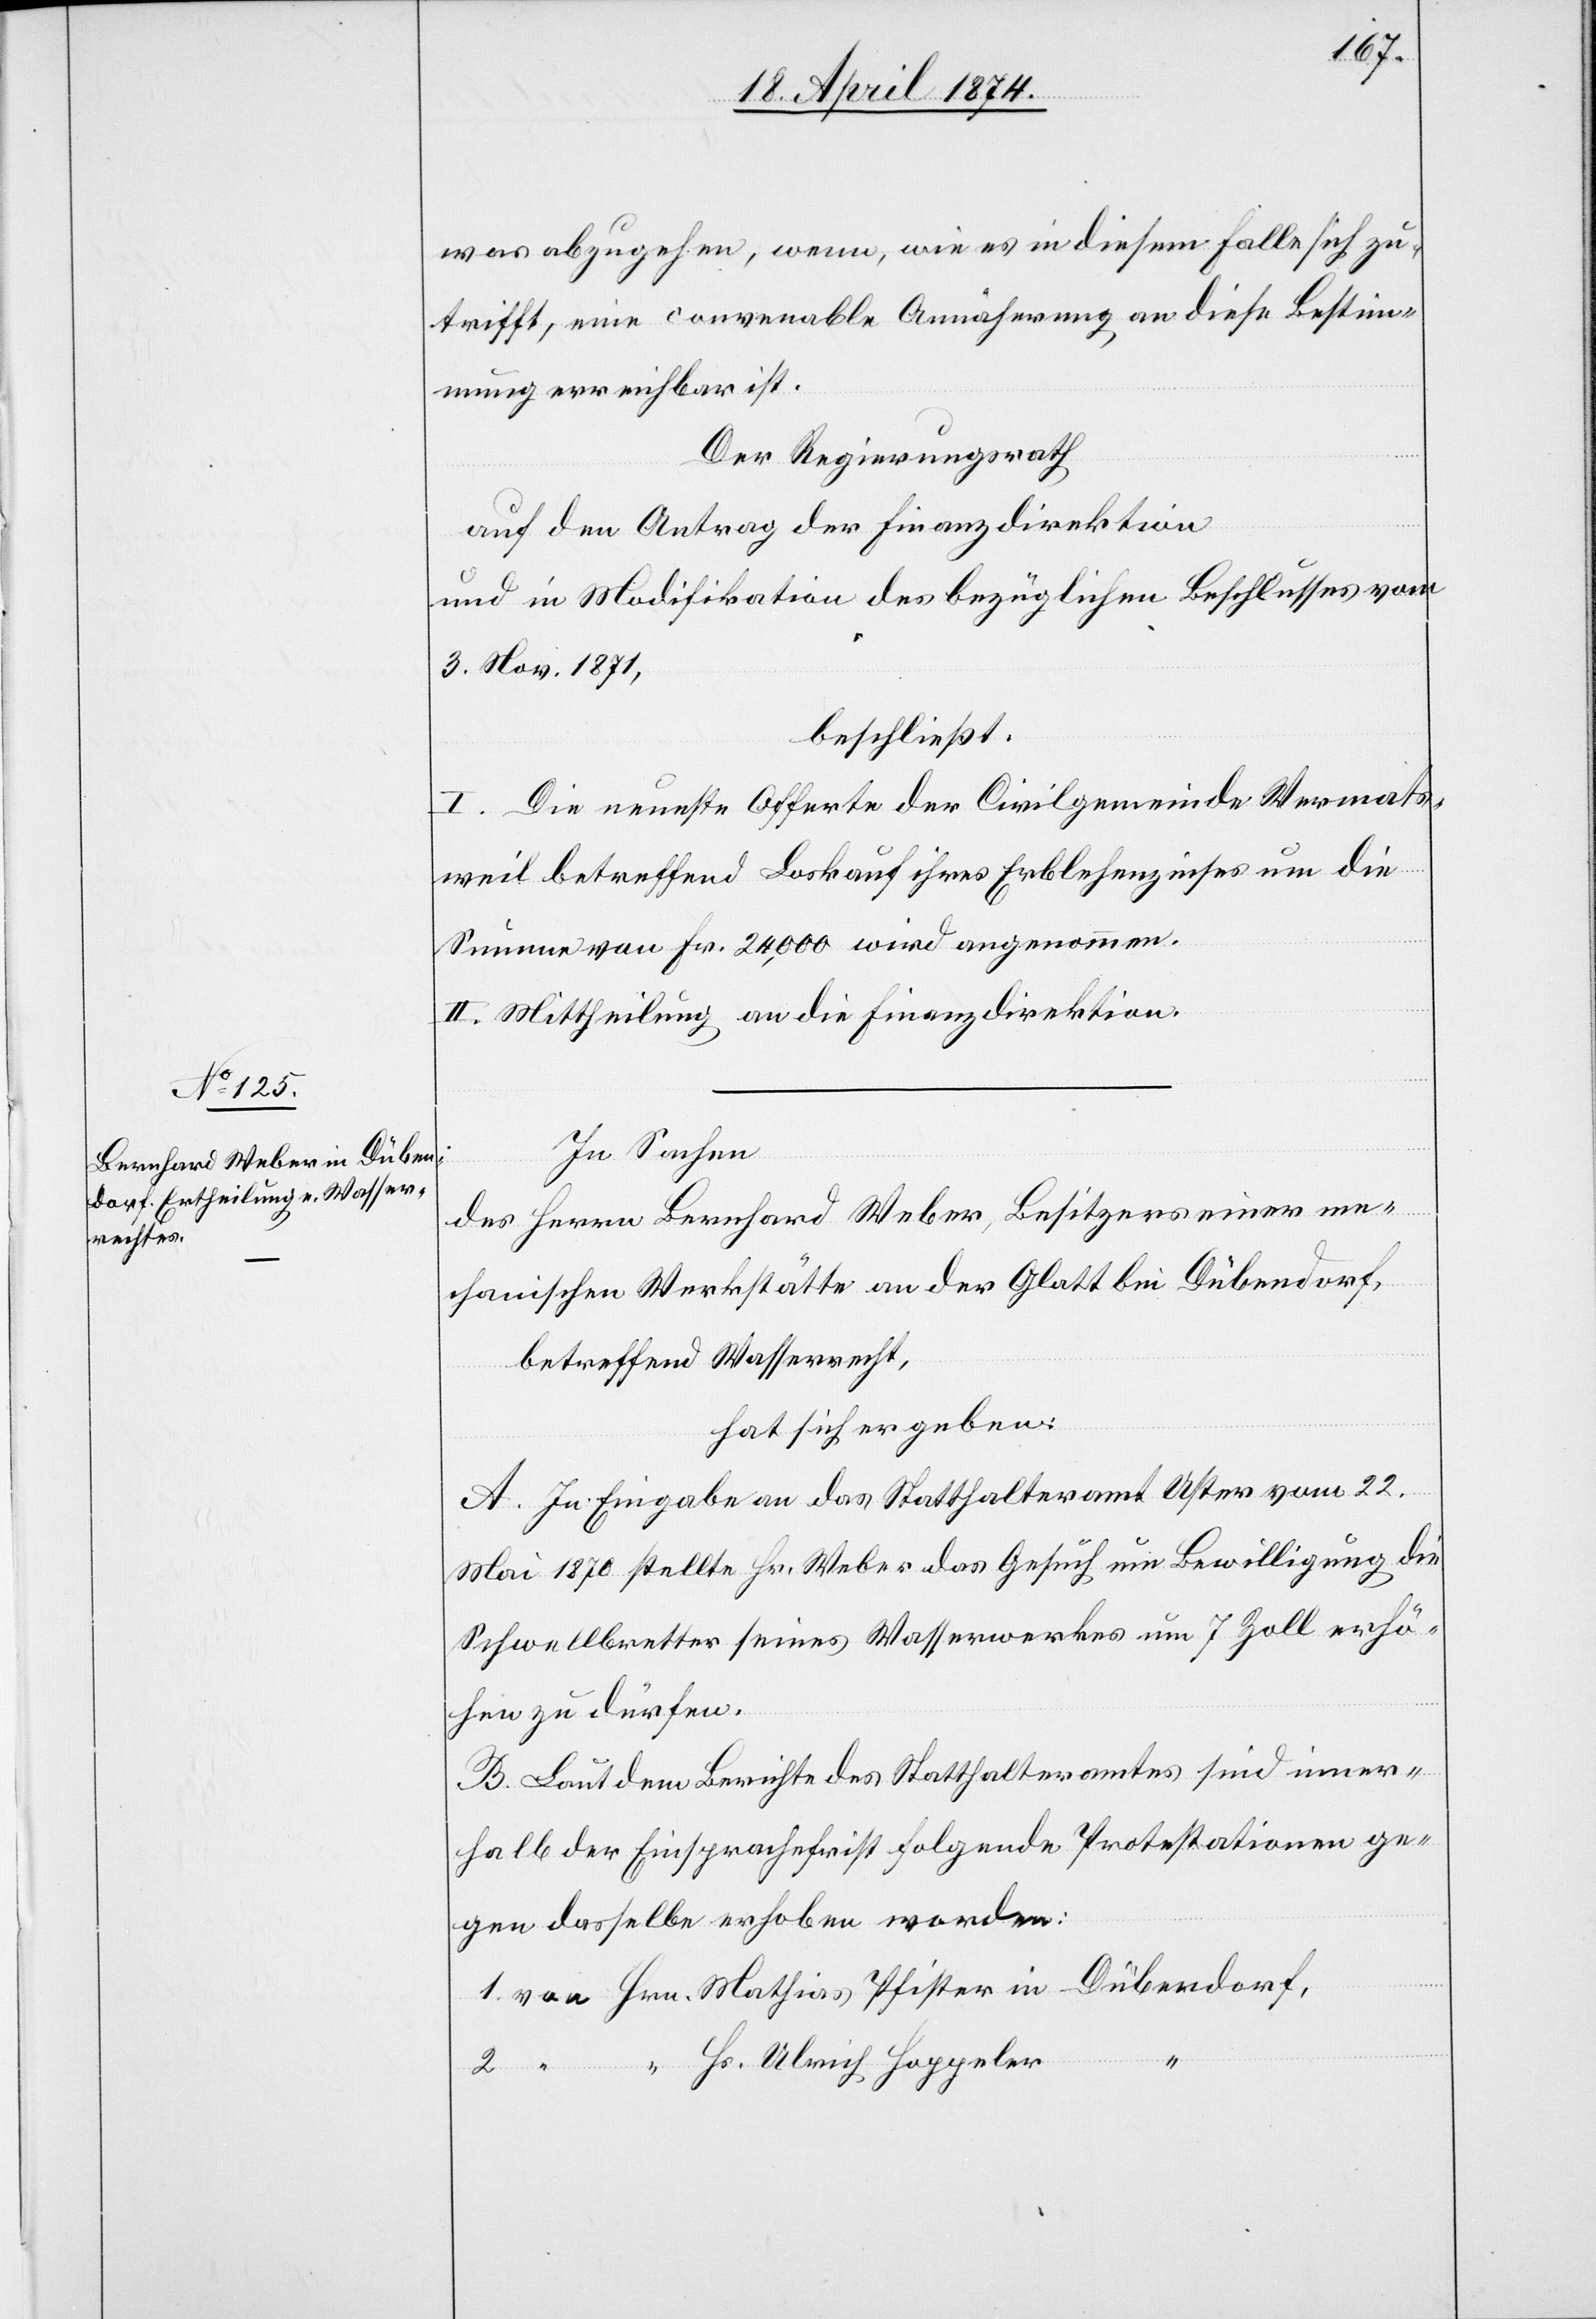
was abzugehen, wenn, wie es in diesem Falle sich zu¬
trifft, eine converable Annäherung an diese Bestim¬
mung erreichbar ist.
Der Regierungsrath
auf den Antrag der Finanzdirektion
und in Modifikation des bezüglichen Beschlusses vom
3. Nov. 1871,
beschließt:
I. Die neueste Offerte der Civilgemeinde Wermats¬
weil betreffend Loskauf ihres Erblehenzinses um die
Summe von Fr. 24,000 wird angenommen.
II. Mittheilung an die Finanzdirektion.
In Sachen
des Herrn Bernhard Weber, Besitzers einer me¬
2.
chanischen Werkstätte an der Glatt bei Dübendorf,
betreffend Wasserrecht,
hat sich ergeben:
A. In Eingabe an das Statthalteramt Uster vom 22.
Mai 1870 stellte Hr. Weber das Gesuch um Bewilligung die
Schwellbretter seines Wasserwerkes um 7 Zoll erhö¬
hen zu dürfen.
B. Laut dem Berichte des Statthalteramtes sind inner¬
halb der Einsprachefrist folgende Protestationen ge¬
gen dasselbe erhoben worden:
1. von Hrn. Mathias Pfister in Dübendorf,
“ Hs. Ulrich Hoppeler
“